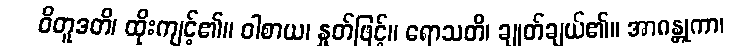
ဝိတူဒတိ၊ ထိုးကျင့်၏။ ဝါစာယ၊ နှုတ်ဖြင့်။ ရောသတိ၊ ချုတ်ချယ်၏။ အာဂန္တုကာ၊